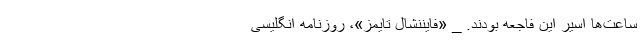
ساعت‌ها اسیر این فاجعه بودند. _ «فایننشال تایمز»، روزنامه انگلیسی